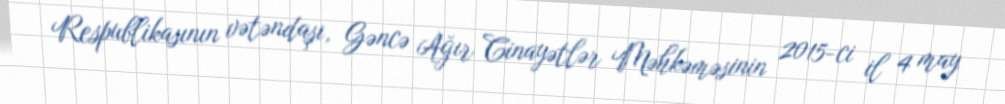
Respublikasının vətəndaşı, Gəncə Ağır Cinayətlər Məhkəməsinin 2015-ci il 4 may